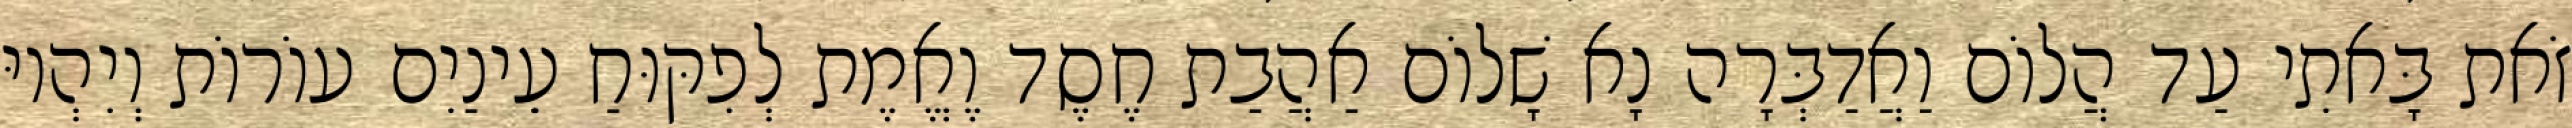
זֹאת בָּאתִי עַד הֲלוֹם וַאֲדַבְּרָה נָא שָׁלוֹם אַהֲבַת חֶסֶד וֶאֱמֶת לְפִקּוּחַ עֵינַיִם עוֹרוֹת וְיִהְיוּ